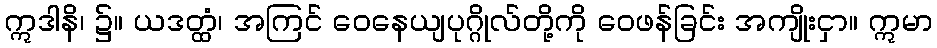
ဣဒါနိ၊ ၌။ ယဒတ္ထံ၊ အကြင် ဝေနေယျပုဂ္ဂိုလ်တို့ကို ဝေဖန်ခြင်း အကျိုးငှာ။ ဣမာ